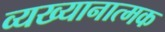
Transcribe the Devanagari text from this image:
व्यख्यानात्मक